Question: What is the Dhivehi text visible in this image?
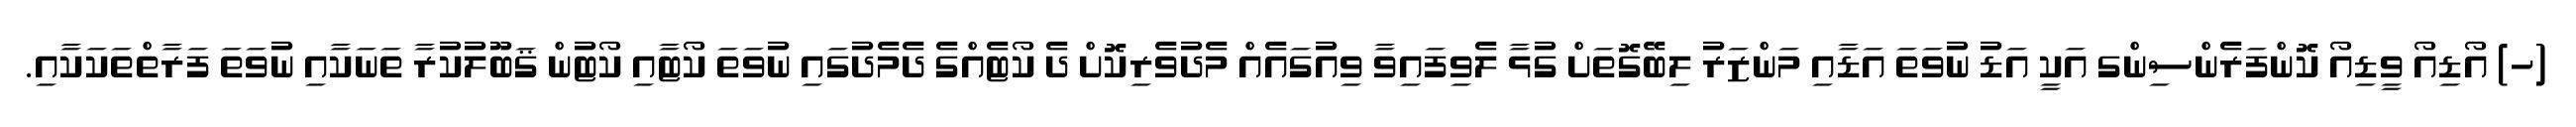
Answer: (ހ) އޯޑިއޯ ވީޑިއޯ ކޮންފަރެންސިންގ އަކީ އަޑު ނުވަތަ އަޑާއި މަންޒަރު ލިބޭގޮތަށް ގުޅާ ލެވިފައިވާ ވިއުގައެއް މެދުވެރިކޮށް ދެ ކޯޓެއްގެ ދެމެދުގައި ނުވަތަ ކޯޓާއި ކޯޓުން ޤަބޫލުކުރާ ތަނަކާއި ނުވަތަ ފަރާތްތަކަކާއި.